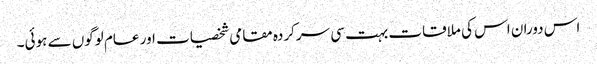
اس دوران اس کی ملاقات بہت سی سرکردہ مقامی شخصیات اور عام لوگوں سے ہوئی۔